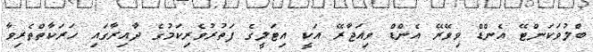
ބްލުވަކަންޓޭ އެންޑް ވިވޭރޭ އެންޑް ވިއަޖާރޭ އަކީ އިޓަލީގެ ފަތުރުވެރިކަމުގެ ދާއިރާގައި ހަރަކާތްތެރިވާ